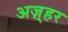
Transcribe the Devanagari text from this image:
अज़्हर